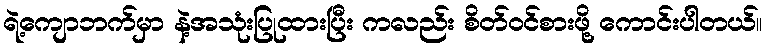
ရဲ့ကျောဘက်မှာ နဲ့အသုံးပြုထားပြီး ကလည်း စိတ်ဝင်စားဖို့ ကောင်းပါတယ်။